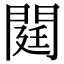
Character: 閮